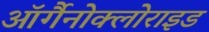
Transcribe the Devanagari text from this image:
ऑर्गैनोक्लोराइड